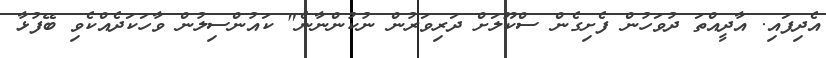
އެދިފައި. އާދީއްތަ ދުވަހުން ފެށިގެން ސްކޫލަށް ދަރިވަރުން ނުކުންނާނެ" ކައުންސިލުން ވާހަކަދެއްކެވި ބޭފުޅާ